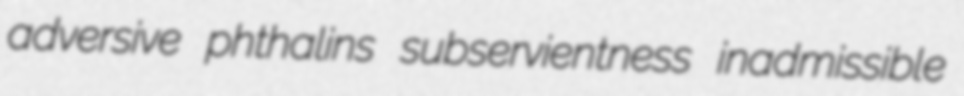
adversive phthalins subservientness inadmissible